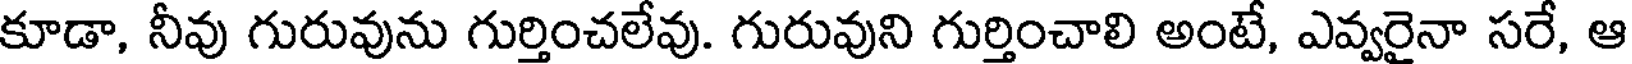
కూడా, నీవు గురువును గుర్తించలేవు. గురువుని గుర్తించాలి అంటే, ఎవ్వరైనా సరే, ఆ